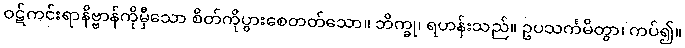
ဝဋ်ကင်းရာနိဗ္ဗာန်ကိုမှီသော စိတ်ကိုပွားစေတတ်သော။ ဘိက္ခု၊ ရဟန်းသည်။ ဥပသင်္ကမိတွာ၊ ကပ်၍။